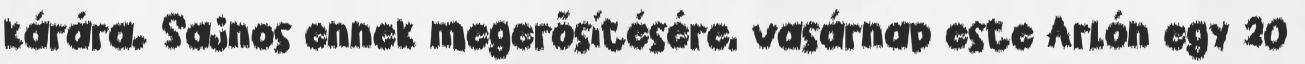
kárára. Sajnos ennek megerősítésére, vasárnap este Arlón egy 20